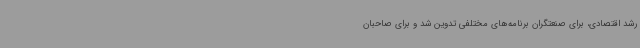
رشد اقتصادی، برای صنعتگران برنامه‌های مختلفی تدوین شد و برای صاحبان